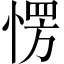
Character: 愣